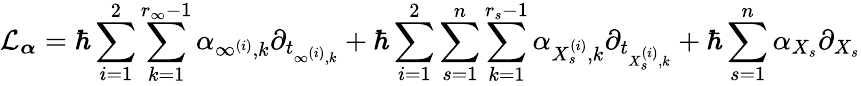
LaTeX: \mathcal{L}_{\boldsymbol{\alpha}}=\hbar\sum_{i=1}^{2}\sum_{k=1}^{r_{\infty}-1}\alpha_{\infty^{(i)},k}\partial_{t_{\infty^{(i)},k}}+\hbar\sum_{i=1}^{2}\sum_{s=1}^{n}\sum_{k=1}^{r_{s}-1}\alpha_{X_{s}^{(i)},k}\partial_{t_{X_{s}^{(i)},k}}+\hbar\sum_{s=1}^{n}\alpha_{X_{s}}\partial_{X_{s}}